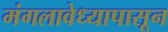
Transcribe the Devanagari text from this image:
मंगलावेध्यापासून